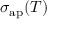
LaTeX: \sigma _ { \mathrm { a p } } ( T )